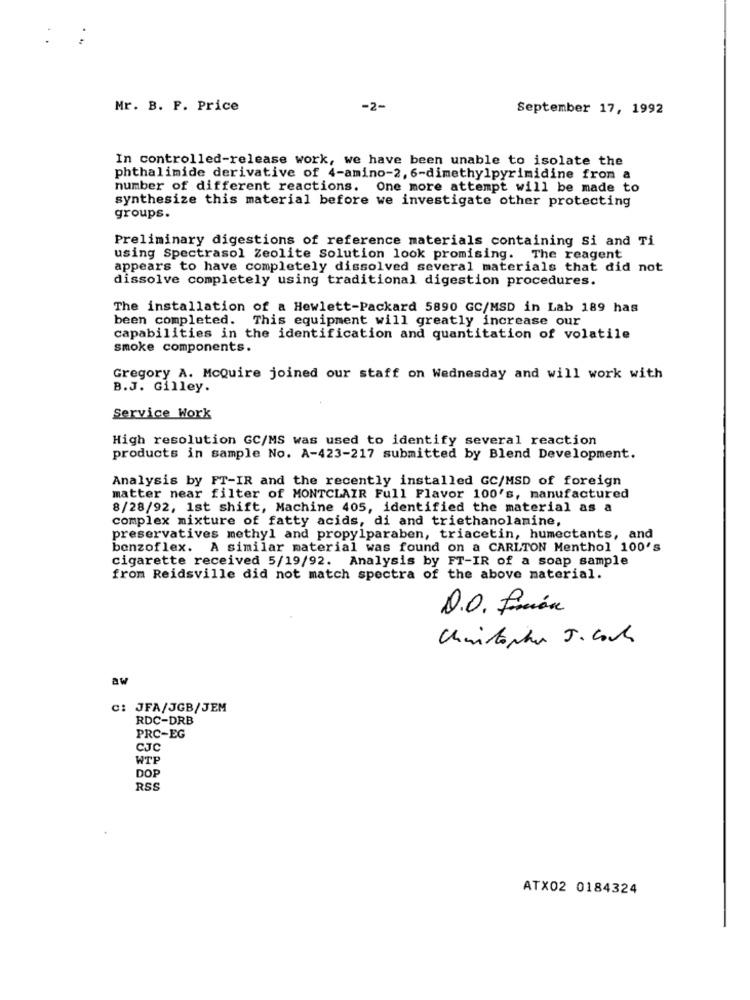
Mr. B. F. Price
-2-
September 17, 1992
In controlled-release work, we have been unable to isolate the
phthalimide derivative of 4-amino-2, 6-dimethylpyrimidine from a
number of different reactions. One more attempt will be made to
synthesize this material before we investigate other protecting
groups.
Preliminary digestions of reference materials containing si and Ti
using Spectrasol Zeolite Solution look promising. The reagent
appears to have completely dissolved several materials that did not
dissolve completely using traditional digestion procedures.
The installation of a Hewlett-Packard 5890 GC/MSD in Lab 189 has
been completed. This equipment will greatly increase our
capabilities in the identification and quantitation of volatile
smoke components.
Gregory A. McQuire joined our staff on Wednesday and will work with
B.J. Gilley.
Service Work
High resolution GC/MS was used to identify several reaction
products in sample No. A-423-217 submitted by Blend Development.
Analysis by FT-IR and the recently installed GC/MSD of foreign
matter near filter of MONTCLAIR Full Flavor 100's, manufactured
8/28/92, 1st shift, Machine 405, identified the material as a
complex mixture of fatty acids, di and triethanolamine,
preservatives methyl and propylparaben, triacetin, humectants, and
benzoflex. A similar material was found on a CARLTON Menthol 100's
cigarette received 5/19/92. Analysis by FT-IR of a soap sample
from Reidsville did not match spectra of the above material.
D.O. frión
aw
C: JFA/JGB/JEM
RDC-DRB
PRC-EG
CJC
WTP
DOP
RSS
ATX02 0184324